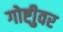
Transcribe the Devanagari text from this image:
गोष्टीुवर